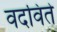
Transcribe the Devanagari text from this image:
वदविते